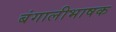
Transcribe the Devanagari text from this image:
बंगालीभाषक